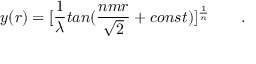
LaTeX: y ( r ) = [ { \frac { 1 } { \lambda } } t a n ( { \frac { n m r } { \sqrt 2 } } + c o n s t ) ] ^ { \frac { 1 } { n } } \qquad .